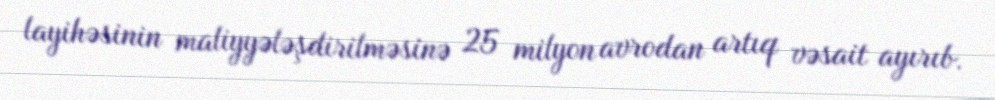
layihəsinin maliyyələşdirilməsinə 25 milyon avrodan artıq vəsait ayırıb.